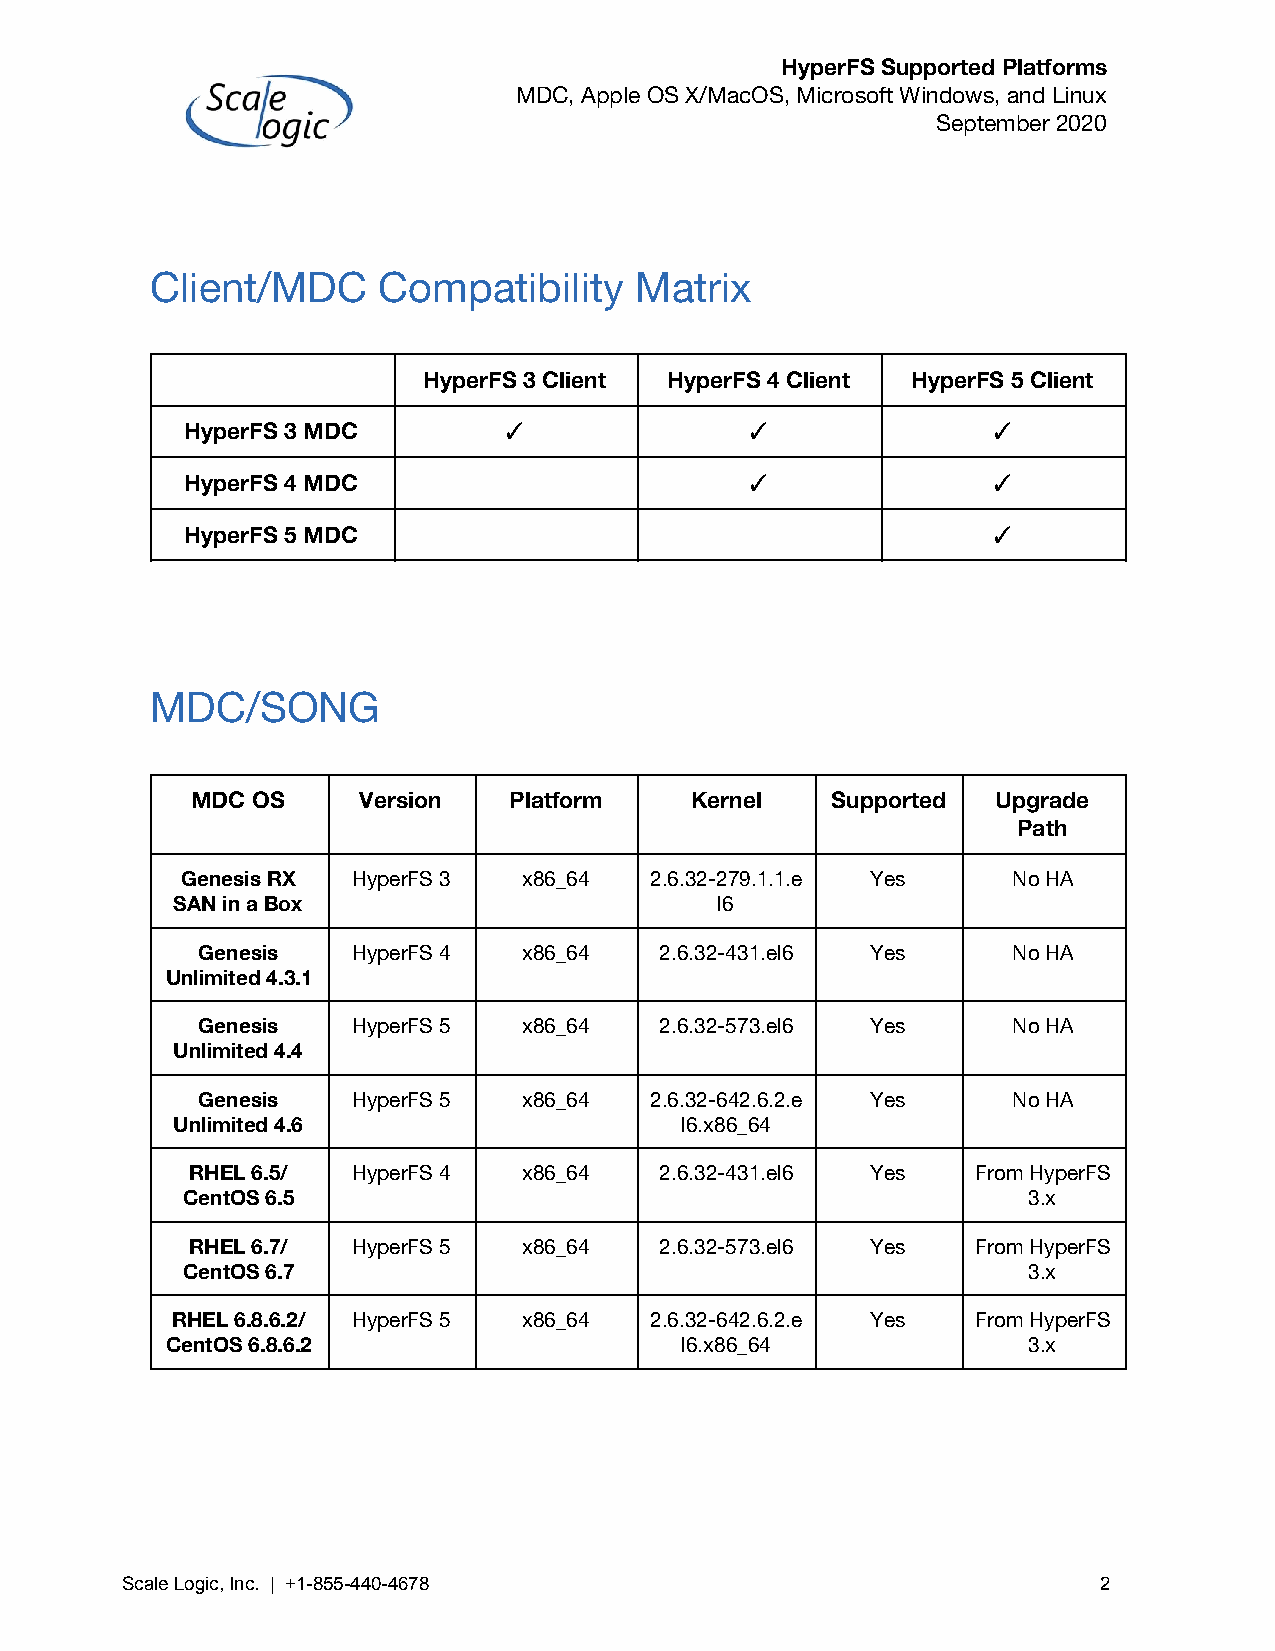
HyperFS Supported Platforms
 MDC, Apple OS X/MacOS, Microsoft Windows, and Linux
 September 2020
 Client/MDC     Compatibility    Matrix
 HyperFS 3 Client HyperFS 4 Client HyperFS 5 Client
 HyperFS 3 MDC        ✓               ✓                ✓
 HyperFS 4 MDC                        ✓                ✓
 HyperFS 5 MDC                                         ✓
 MDC/SONG
 MDC OS     Version   Platform    Kernel   Supported  Upgrade
 Path
 Genesis RX HyperFS 3   x86_64  2.6.32-279.1.1.e Yes    No HA
 SAN in a Box                        l6
 Genesis   HyperFS 4   x86_64   2.6.32-431.el6 Yes     No HA
 Unlimited 4.3.1
 Genesis   HyperFS 5   x86_64   2.6.32-573.el6 Yes     No HA
 Unlimited 4.4
 Genesis   HyperFS 5   x86_64  2.6.32-642.6.2.e Yes    No HA
 Unlimited 4.6                     l6.x86_64
 RHEL 6.5/ HyperFS 4   x86_64   2.6.32-431.el6 Yes   From HyperFS
 CentOS 6.5                                              3.x
 RHEL 6.7/ HyperFS 5   x86_64   2.6.32-573.el6 Yes   From HyperFS
 CentOS 6.7                                              3.x
 RHEL 6.8.6.2/ HyperFS 5 x86_64  2.6.32-642.6.2.e Yes  From HyperFS
 CentOS 6.8.6.2                    l6.x86_64              3.x
 Scale Logic, Inc. | +1-855-440-4678                              2